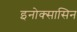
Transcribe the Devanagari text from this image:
इनोक्सासिन